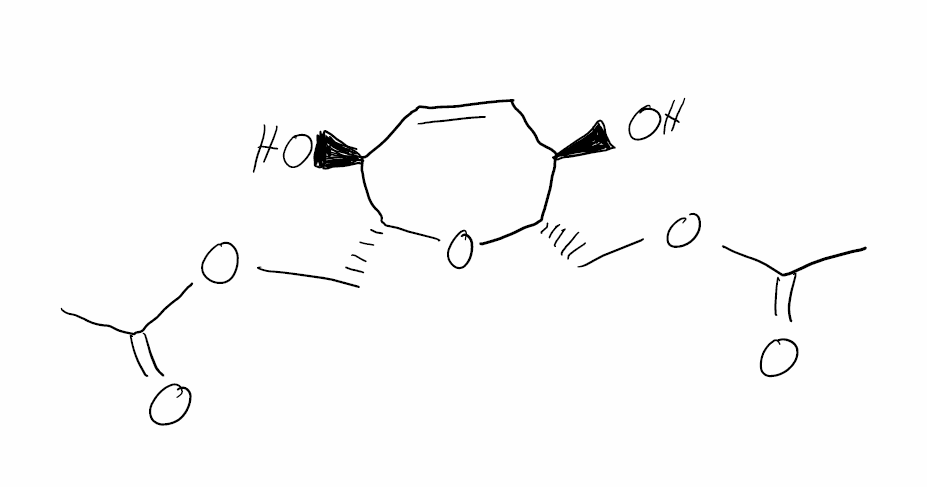
Simplified molecular-input line-entry system (SMILES) notation of the given molecule:
CC(=O)OC[C@H]1[C@@H](C=C[C@@H]([C@H](O1)COC(=O)C)O)O